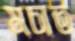
মচাত